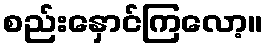
စည်းနှောင်ကြလော့။